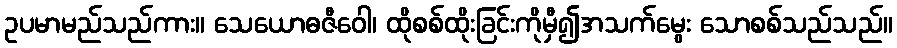
ဥပမာမည်သည်ကား။ သေယောဓဇီဝေါ၊ ထိုစစ်ထိုးခြင်းကိုမှီ၍အသက်မွေး သောစစ်သည်သည်။